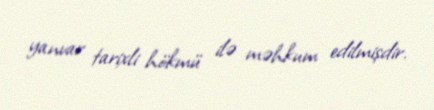
yanvar tarixli hökmü ilə məhkum edilmişdir.